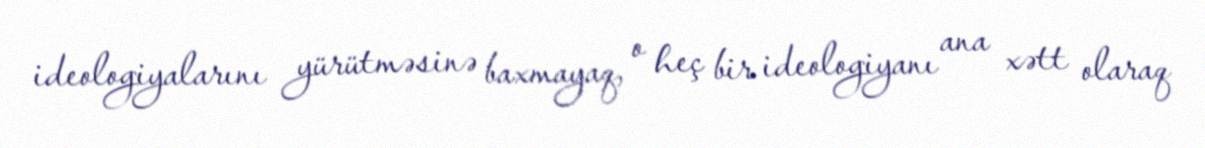
ideologiyalarını yürütməsinə baxmayaq, o heç bir ideologiyanı ana xətt olaraq